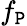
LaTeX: f_{\mathtt{P}}